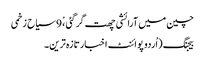
چین میں آرائشی چھت گرگئی ،ْ 9 سیاح زخمی
بیجنگ (اُردو پوائنٹ اخبارتازہ ترین۔